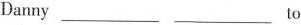
Danny ___ ___to